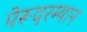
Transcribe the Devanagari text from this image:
पेरूदरम्यान